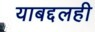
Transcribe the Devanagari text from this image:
याबद्दलही